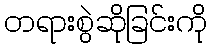
တရားစွဲဆိုခြင်းကို